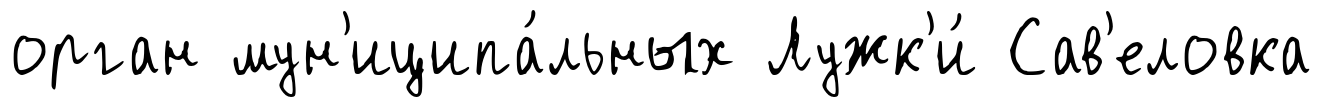
орган мун'иципа́льных Лужк'и́ Сав'еловка